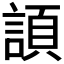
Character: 𧩬